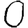
Digit: 0